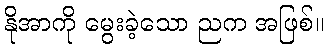
နိုအာကို မွေးခဲ့သော ညက အဖြစ်။